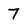
Character: 7